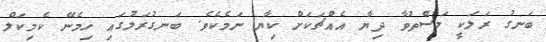
ބަނގު ރަލަކީ މަސްތުވާ ދިޔާ އެއްޗަކަށް ކިޔާ ނަމެކެވެ. ބަނގުރަލުގައި ހިމެނޭ ކެމިކަލް